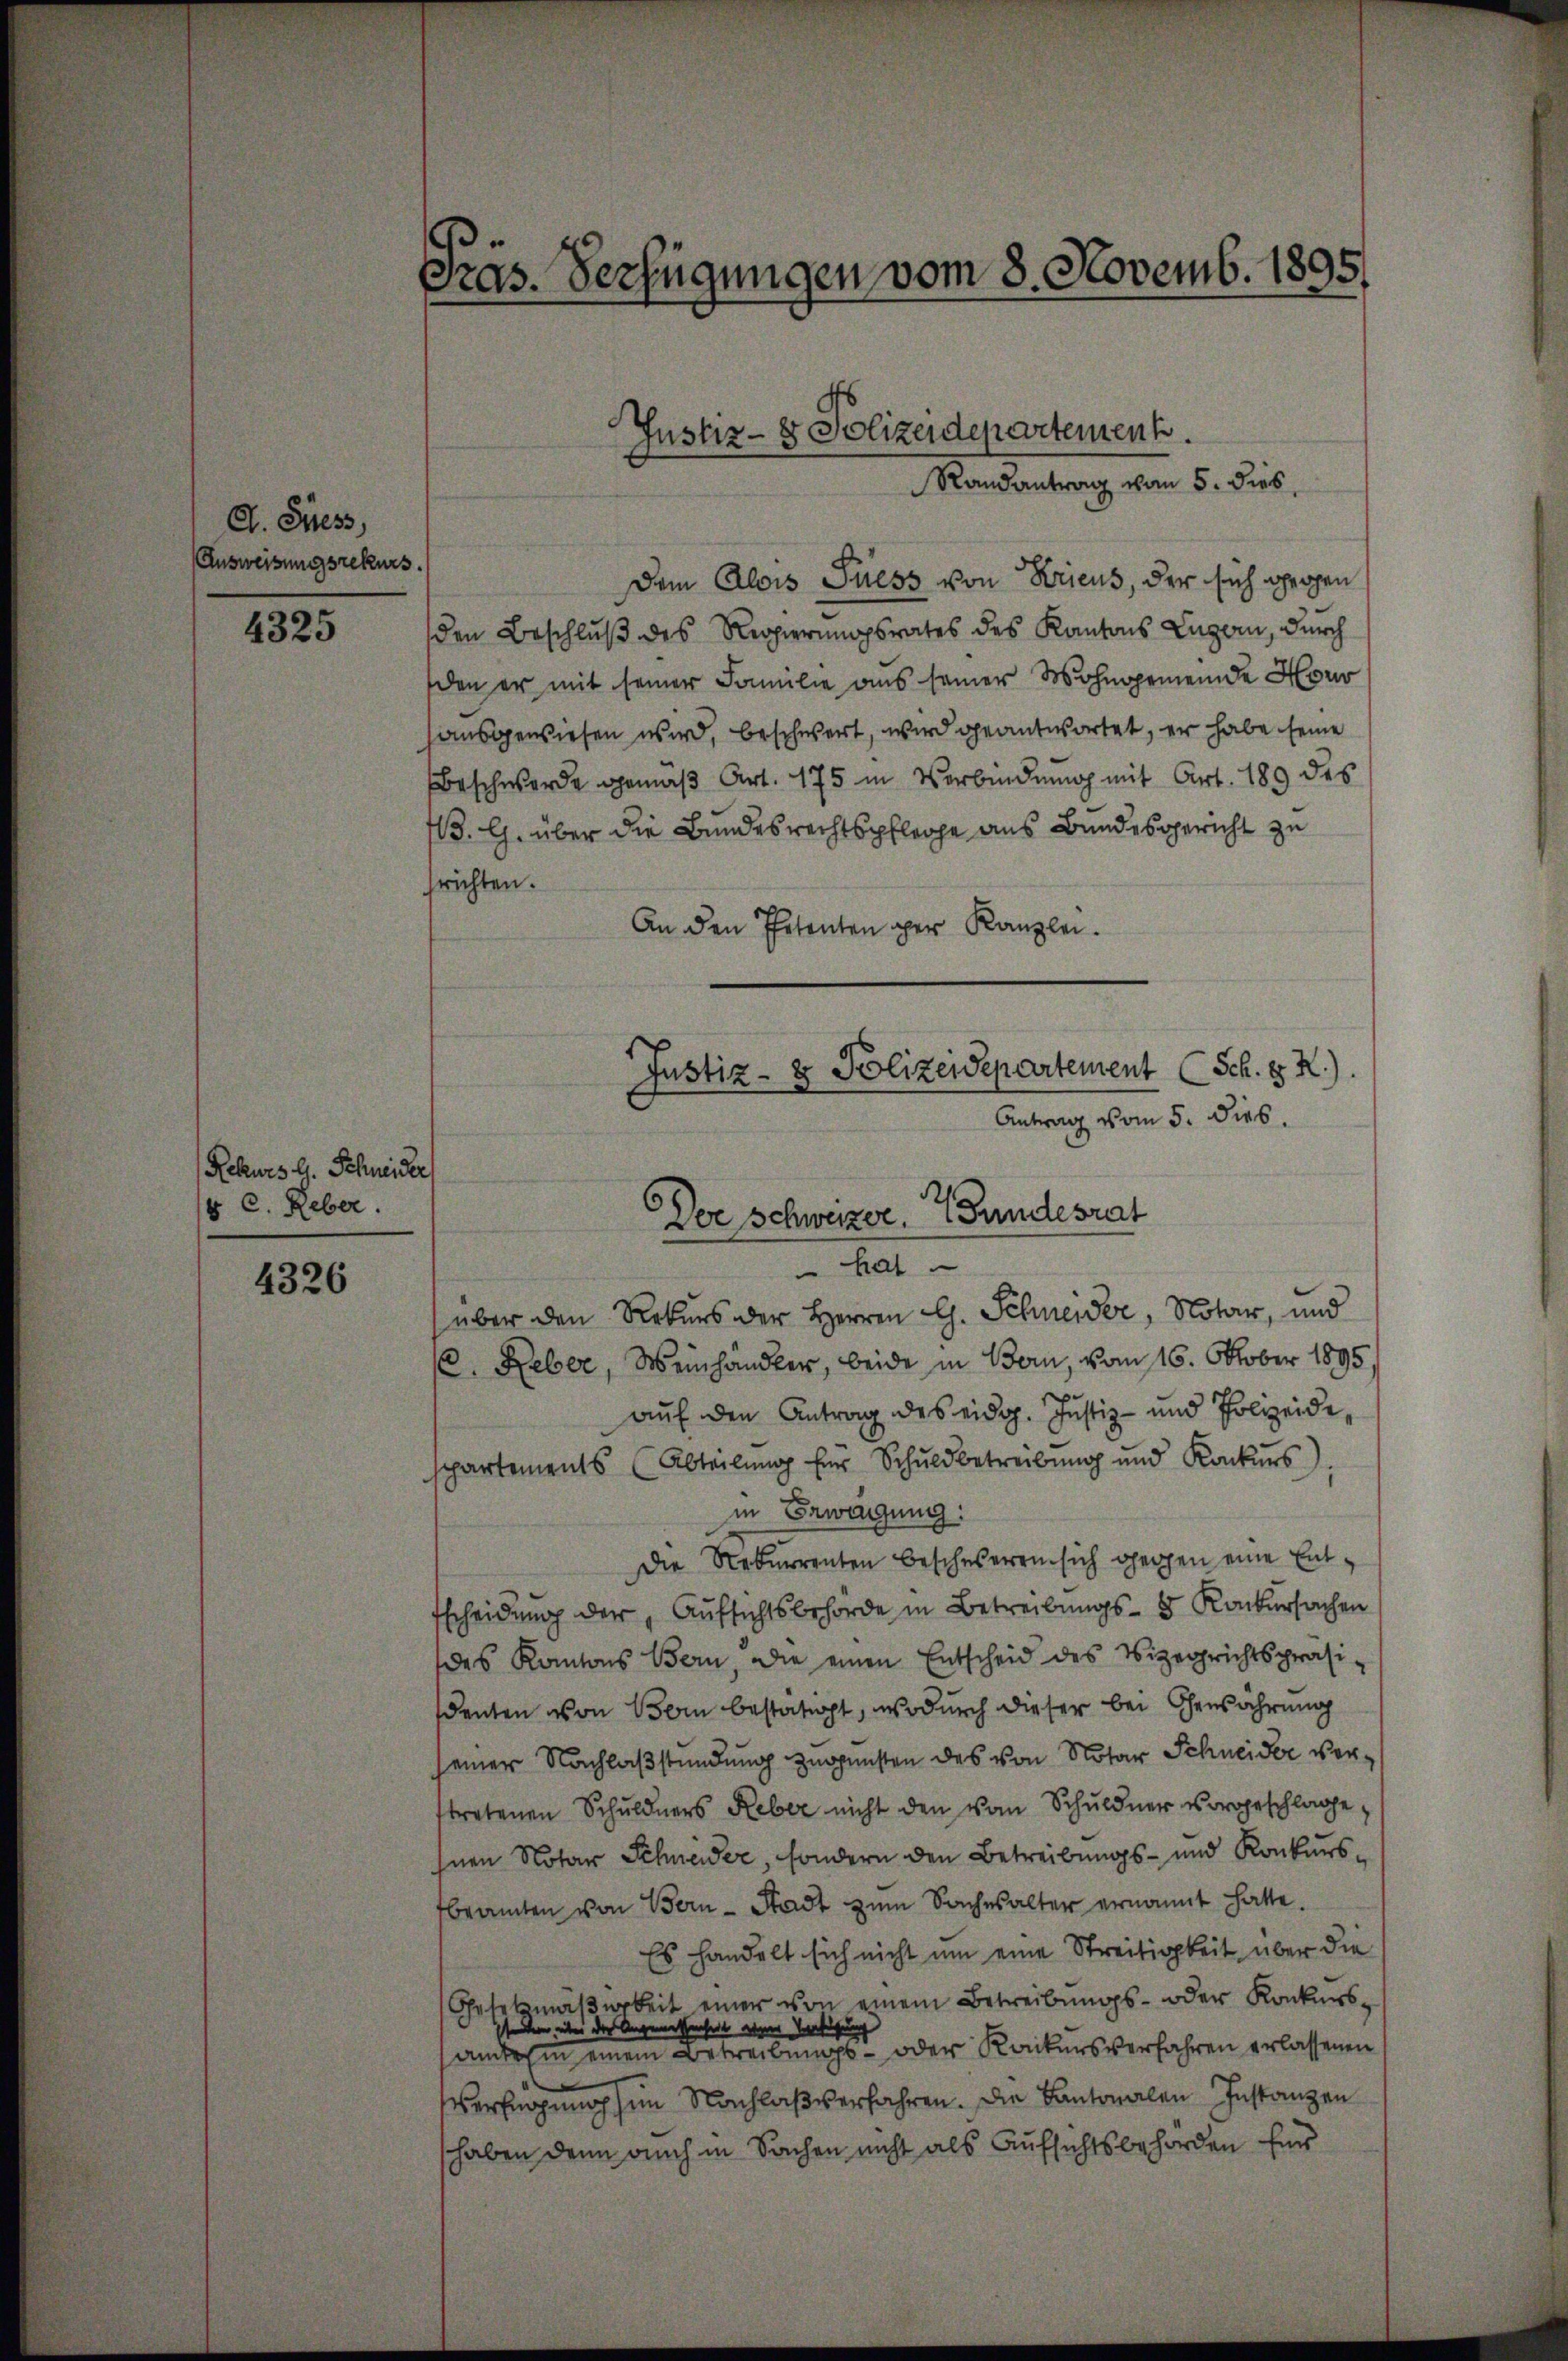
A. Siess,
Ausweisungsrekurs.

4325

Rekurs G. Schweider
§ C. Reber.

4326

Pras. Verfügungen vom 8. Novemb. 1895.

Dem Alois Siess von Kricus, der sich gegen
den Beschluß des Regierungsrates des Kantons Luzern, durch
den er mit seiner Familie aus seiner Wohngemeinde Hono
sausgewiesen wird, beschwert, wird geantwortet, er habe seine
Beschwerde gemäβ Art. 175 in Verbindung mit Art. 189 des
3. l. über die Bundesrechtspfleche aus Bundesgericht zu
srichten.
An den Petenten per Kanzlei.

Justiz- & Polizeidepartement.

Randantrag vom 5. dies

Justiz- & Polizeidepartement (Sch. H. R.).
Der Schweizer, 7 Fundesrat
hal

Antrag vom 5. dies

über den Rekurs der Herren Ch. Schneider, Notar, und
. Leber, Weinhändler, beide in Bern, vom 16. Oktober 1895,
auf den Antrag des eidg. Justiz- und Polizeide,
spartements (Abteilŭng für Schuldbetreibŭng und Konkŭrs).
in Erweigung:
Die Rekurrenten beschweren sich gegen eine Ent¬
Escheidung der Aufsichtsbehörde in Betreibungs- & Konkursachen
des Kantons Bern, die einen Entscheid des Vizerrichtspräsi
denten von Bern bestätigt, wodurch dieser bei Gewährung
seiner Nachlaßstündung zugensten des von Notar Schneider vertretenen Schuldners Reber nicht den von Schuldner vorgeschlage,
hnen Notar Schneider, sondern den Betreibungs- und Konkursbeamten von Bern-Stadt zum Sachesalter ernannt hatte.
Es handelt sich nicht um eine Streitigkeit über die
Gesetzmaβarbeit einer von einem Betreibŭngs- oder Konkurs-
seiten, über der Angemessenheit einer Vertigung
amdem einem Betreibungs- oder Konkursverfahren erlassenen
verfügung im Nachlaβ verfahren. Die Kantonalen Instanzen
haben denn auch in Sachen nicht als Aufsichtsbehörden Eis